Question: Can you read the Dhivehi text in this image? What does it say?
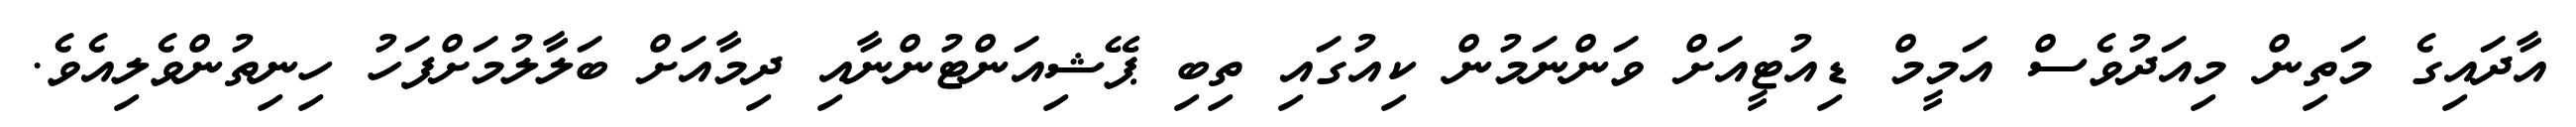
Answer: އާދައިގެ މަތިން މިއަދުވެސް އަމީމް ޑިއުޓީއަށް ވަންނަމުން ކިއުގައި ތިބި ޕޭޝިއަންޓުންނާއި ދިމާއަށް ބަލާލުމަށްފަހު ހިނިތުންވެލިއެވެ.